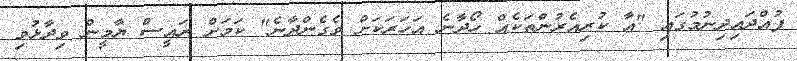
ފުއްދައިދިނުމުގައި "އާ ކުރިއެރުންތަކެއް ހޯދާނެ އަހަރަކަށް ވެގެންދާނެ" ކަމަށް ރައީސް ޔާމީން ވިދާޅުވި